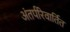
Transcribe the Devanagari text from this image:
अंतर्परिवार्तित